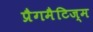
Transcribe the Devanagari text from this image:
प्रैगमैटिज्म